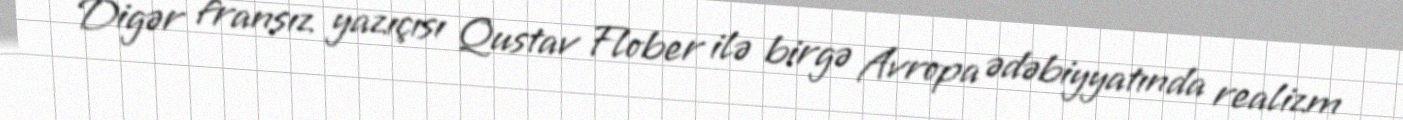
Digər fransız yazıçısı Qustav Flober ilə birgə Avropa ədəbiyyatında realizm